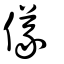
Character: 𥪺